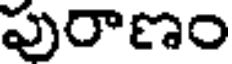
పురాణం